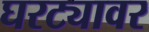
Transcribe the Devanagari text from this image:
घरट्यावर